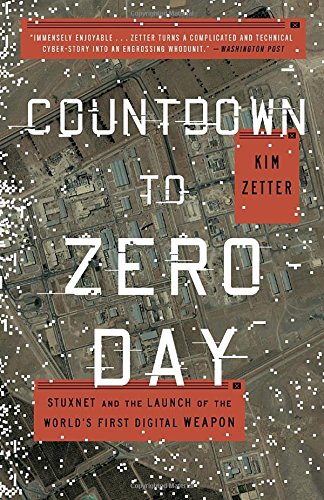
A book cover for Countdown to Zero Day: Stuxnet and the Launch of the World's First Digital Weapon; Kim Zetter; Computers & Technology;